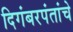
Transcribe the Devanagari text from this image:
दिगंबरपंतांचे